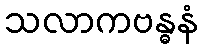
သလာကဗန္ဓနံ